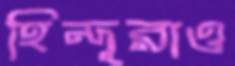
হিন্দূরাও